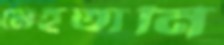
মেহতানি